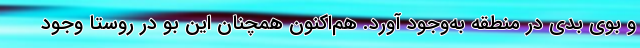
و بوی بدی در منطقه به‌وجود آورد. هم‌اکنون همچنان این بو در روستا وجود